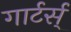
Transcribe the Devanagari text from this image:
गार्टर्स्